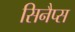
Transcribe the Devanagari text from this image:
सिनैप्स